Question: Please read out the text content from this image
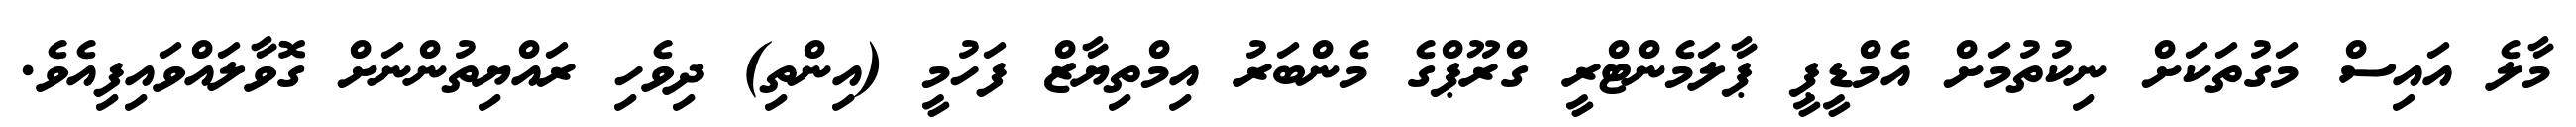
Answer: މާލެ އައިސް މަގުތަކަށް ނިކުތުމަށް އެމްޑީޕީ ޕާލަމެންޓްރީ ގްރޫޕްގެ މެންބަރު އިމްތިޔާޒް ފަހުމީ (އިންތި) ދިވެހި ރައްޔިތުންނަށް ގޮވާލައްވައިފިއެވެ.